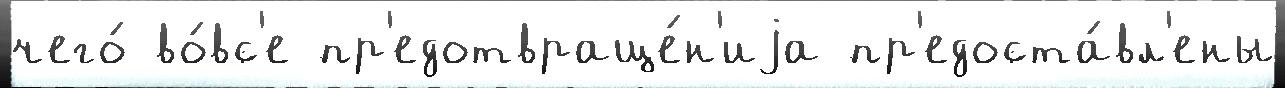
чего́ во́вс'е пр'едотвраще́н'иjа пр'едоста́вл'ены